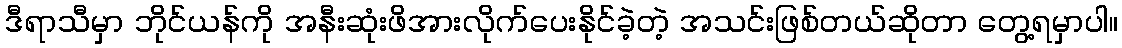
ဒီရာသီမှာ ဘိုင်ယန်ကို အနီးဆုံးဖိအားလိုက်ပေးနိုင်ခဲ့တဲ့ အသင်းဖြစ်တယ်ဆိုတာ တွေ့ရမှာပါ။